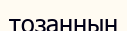
тозаңның